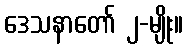
ဒေသနာတော် ၂-မျိုး။